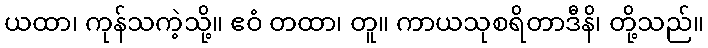
ယထာ၊ ကုန်သကဲ့သို့။ ဧဝံ တထာ၊ တူ။ ကာယသုစရိတာဒီနိ၊ တို့သည်။